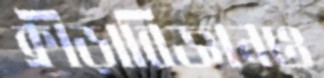
ক্রীড়াবিজ্ঞানও